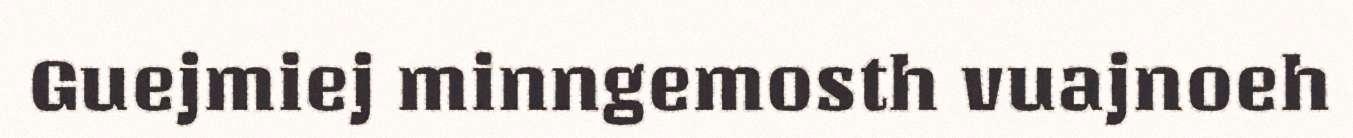
Guejmiej minngemosth vuajnoeh